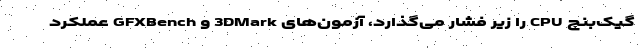
گیک‌بنچ CPU را زیر فشار می‌گذارد، آزمون‌های 3DMark و GFXBench عملکرد